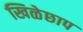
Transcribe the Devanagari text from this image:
खिळेछाप